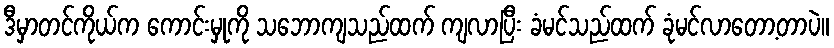
ဒီမှာတင်ကိုယ်က ကောင်းမှုကို သဘောကျသည်ထက် ကျလာပြီး ခံမင်သည်ထက် ခုံမင်လာတော့တာပဲ။